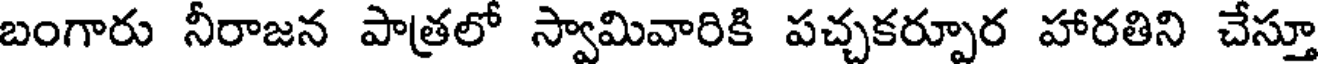
బంగారు నీరాజన పాత్రలో స్వామివారికి పచ్చకర్పూర హారతిని చేస్తూ